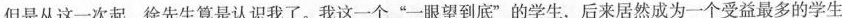
但是从这一次起，徐先生算是认识我了。我这一个”一眼望到底”的学生，后来居然成为一个受益最多的学生